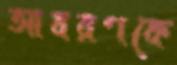
আবরণকে